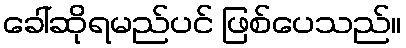
ခေါ်ဆိုရမည်ပင် ဖြစ်ပေသည်။